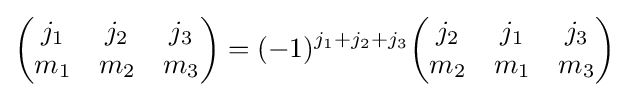
{\begin{pmatrix}j_{1}&j_{2}&j_{3}\\m_{1}&m_{2}&m_{3}\end{pmatrix}}=(-1)^{j_{1}+j_{2}+j_{3}}{\begin{pmatrix}j_{2}&j_{1}&j_{3}\\m_{2}&m_{1}&m_{3}\end{pmatrix}}